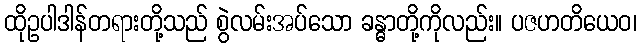
ထိုဥပါဒါန်တရားတို့သည် စွဲလမ်းအပ်သော ခန္ဓာတို့ကိုလည်း။ ပဇဟတိယေဝ၊